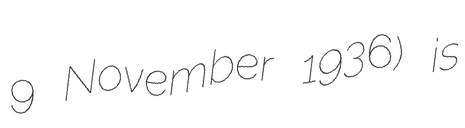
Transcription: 9 November 1936) is